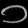
Digit: ၁